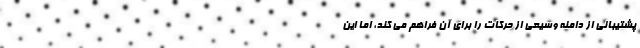
پشتیبانی از دامنه وسیعی از حرکات را برای آن فراهم می کند، اما این